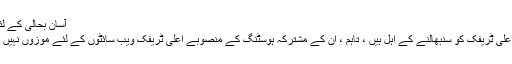
آسان بحالی کے لئے.
وہ اعلی ٹریفک کو سنبھالنے کے اہل ہیں ، تاہم ، ان کے مشترکہ ہوسٹنگ کے منصوبے اعلی ٹریفک ویب سائٹوں کے لئے موزوں نہیں ہیں۔